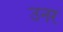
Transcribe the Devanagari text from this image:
उनर